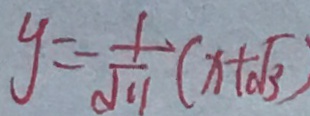
y = - \frac { 1 } { \sqrt { 1 1 } } ( x + \sqrt { 3 } )